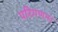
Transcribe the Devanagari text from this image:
परिगणन।